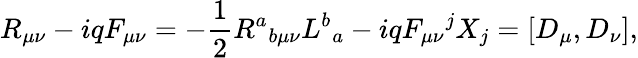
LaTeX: R_{\mu\nu}-iqF_{\mu\nu}=-\frac{1}{2}R^{a}{}_{b\mu\nu}L^{b}{}_{a}-iqF_{\mu\nu}{}^{j}X_{j}=[D_{\mu},D_{\nu}],